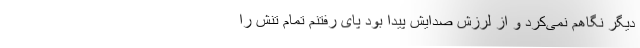
دیگر نگاهم نمی‌کرد و از لرزش صدایش پیدا بود پای رفتنم تمام تنش را